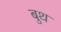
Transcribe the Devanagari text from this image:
बुथ